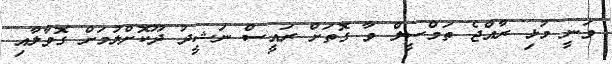
ވަނީ މުޅި ރާއްޖެ ތަމްސީލް ވާ ގޮތަށް ރައީސް ނަޝީދު ދޫކޮށްލުމަށް ގޮވާލާއި